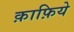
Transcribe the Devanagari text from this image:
क़ाफ़िये